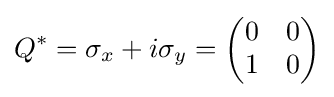
Q^{*}=\sigma _{x}+i\sigma _{y}={\begin{pmatrix}0&0\\1&0\end{pmatrix}}